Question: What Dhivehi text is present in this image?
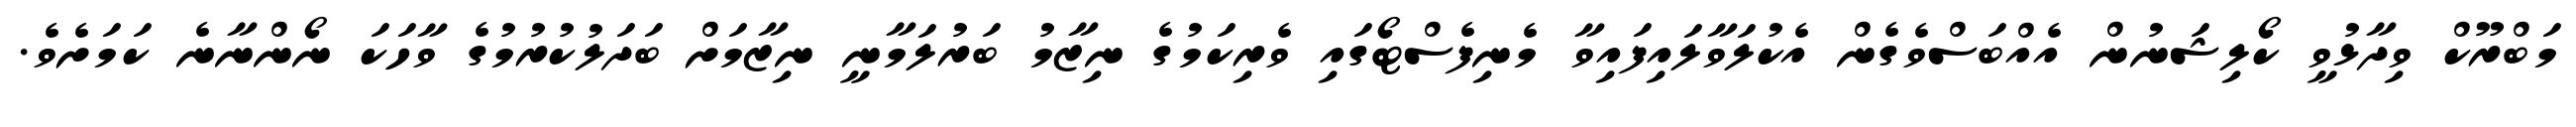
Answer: މަބްރޫކް ވިދާޅުވީ ކޯލިޝަނުން އެއްބަސްވެގެން އެކުލަވާލައިފައިވާ މެނިފެސްޓޯގައި ވެރިކަމުގެ ނިޒާމު ބަރުލަމާނީ ނިޒާމަށް ބަދަލުކުރުމުގެ ވާހަކަ ނޯންނާނެ ކަމަށެވެ.